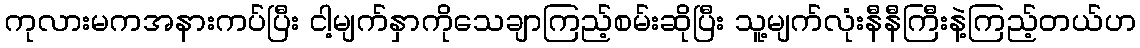
ကုလားမကအနားကပ်ပြီး ငါ့မျက်နှာကိုသေချာကြည့်စမ်းဆိုပြီး သူ့မျက်လုံးနီနီကြီးနဲ့ကြည့်တယ်ဟ